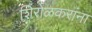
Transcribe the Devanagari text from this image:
शिरोळकरांना